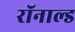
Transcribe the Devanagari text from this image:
रॉनाल्ड